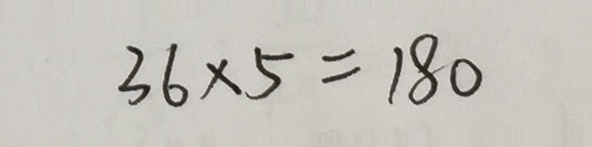
3 6 \times 5 = 1 8 0